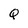
Character: Q